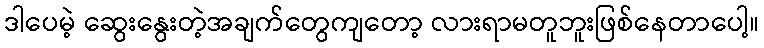
ဒါပေမဲ့ ဆွေးနွေးတဲ့အချက်တွေကျတော့ လားရာမတူဘူးဖြစ်နေတာပေါ့။